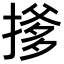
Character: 𪮟